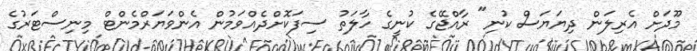
މޫދަށް އެރިލަން ދިޔަޔަސް ކުނި" ރާއްޖޭގެ ކުނީގެ ހާލަތު ސިފަކޮށްދެއްވަމުން އެންވަޔަރްމެންޓް މިނިސްޓަރުގެ